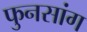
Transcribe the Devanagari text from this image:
फुनसांग